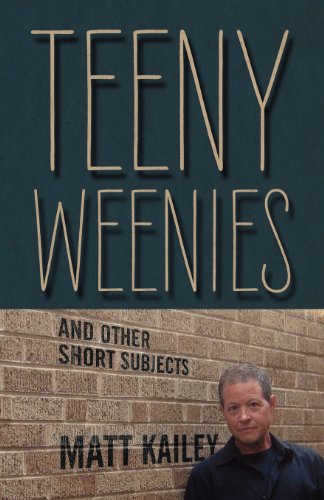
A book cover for Teeny Weenies: And Other Short Subjects; Matt Kailey; Gay & Lesbian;